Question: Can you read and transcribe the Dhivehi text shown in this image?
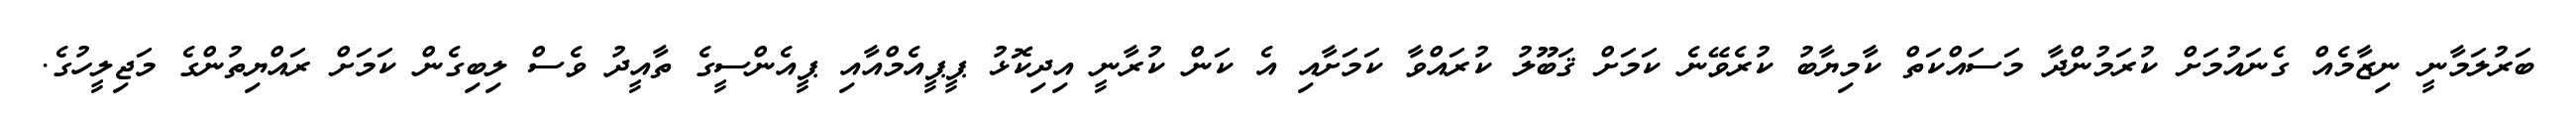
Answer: ބަރުލަމާނީ ނިޒާމެއް ގެނައުމަށް ކުރަމުންދާ މަސައްކަތް ކާމިޔާބު ކުރެވޭނެ ކަމަށް ޤަބޫލު ކުރައްވާ ކަމަށާއި އެ ކަން ކުރާނީ އިދިކޮޅު ޕީޕީއެމްއާއި ޕީއެންސީގެ ތާއީދު ވެސް ލިބިގެން ކަމަށް ރައްޔިތުންގެ މަޖިލީހުގެ.